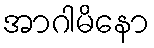
အာဂါမိနော